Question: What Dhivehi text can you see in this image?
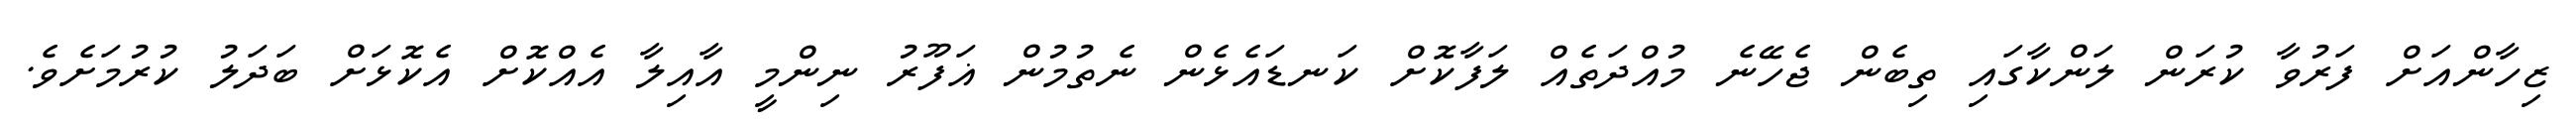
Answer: ޒިހާންއަށް ފަރުވާ ކުރަން ލަންކާގައި ތިބެން ޖެހޭނެ މުއްދަތެއް ލަފާކޮށް ކަނޑައެޅެން ނެތުމުން ޣަފޫރު ނިންމީ އާއިލާ އެއްކޮށް އެކޮޅަށް ބަދަލު ކުރުމަށެވެ.